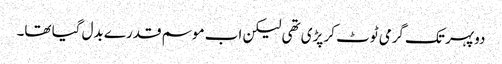
دوپہر تک گرمی ٹوٹ کر پڑی تھی لیکن اب موسم قدرے بدل گیا تھا۔